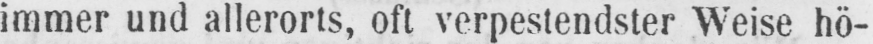
immer und allerorts, oft verpestendster Weise hö-